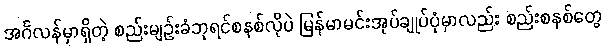
အင်္ဂလန်မှာရှိတဲ့ စည်းမျဉ်းခံဘုရင်စနစ်လိုပဲ မြန်မာမင်းအုပ်ချုပ်ပုံမှာလည်း စည်းစနစ်တွေ